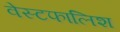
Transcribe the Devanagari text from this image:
वेस्टफालिश